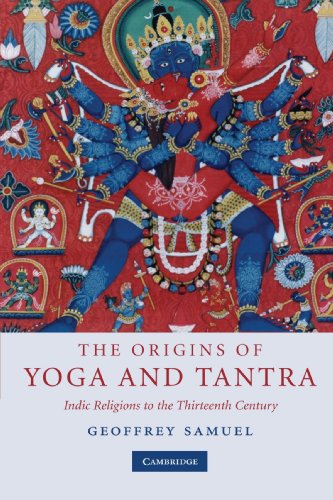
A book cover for The Origins of Yoga and Tantra: Indic Religions to the Thirteenth Century; Geoffrey Samuel; Religion & Spirituality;